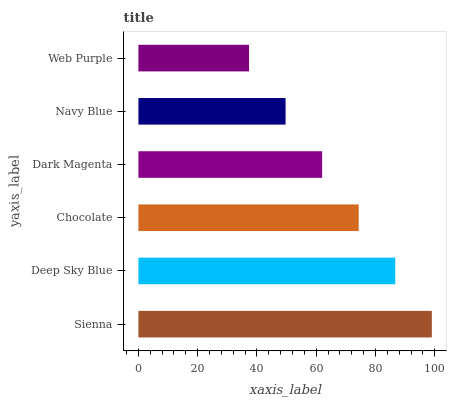
| yaxis_label | bars |
 | --- | --- |
 | Sienna | 99 |
 | Deep Sky Blue | 86.7 |
 | Chocolate | 74.3 |
 | Dark Magenta | 62 |
 | Navy Blue | 49.7 |
 | Web Purple | 37.3 |